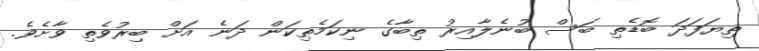
ތިޔަފަދަ ބޮޑެތި ބަސް ބުނެލާއިރު ތިބާގެ ނިކަމެތިކަން ދަނެ އަށް ބިރުވެތި ވާށެވެ.